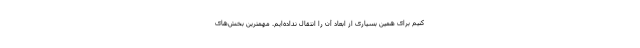
کنیم برای همین بسیاری از ابعاد آن را انتقال نداده‌ایم. مهمترین بخش‌های